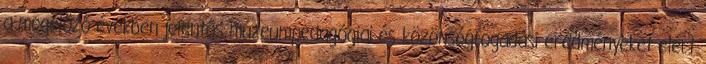
a megelőző években jelentős múzeumpedagógiai és közönségfogadási eredményeket elért